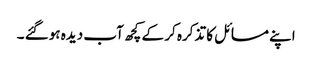
اپنے مسائل کا تذکرہ کر کے کچھ آب دیدہ ہوگئے ۔